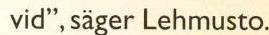
vid", säger Lehmusto.